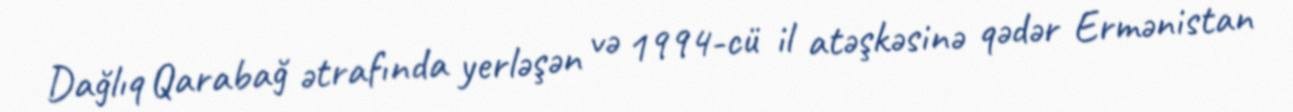
Dağlıq Qarabağ ətrafında yerləşən və 1994-cü il atəşkəsinə qədər Ermənistan